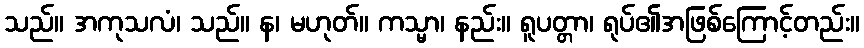
သည်။ အကုသလံ၊ သည်။ န၊ မဟုတ်။ ကသ္မာ၊ နည်း။ ရူပတ္တာ၊ ရုပ်၏အဖြစ်ကြောင့်တည်း။